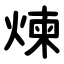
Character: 煉